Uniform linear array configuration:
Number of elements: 32
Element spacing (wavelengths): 0.75
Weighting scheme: blackman
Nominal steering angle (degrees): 30
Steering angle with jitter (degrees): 30.991
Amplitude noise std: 0.05
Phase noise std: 0.05

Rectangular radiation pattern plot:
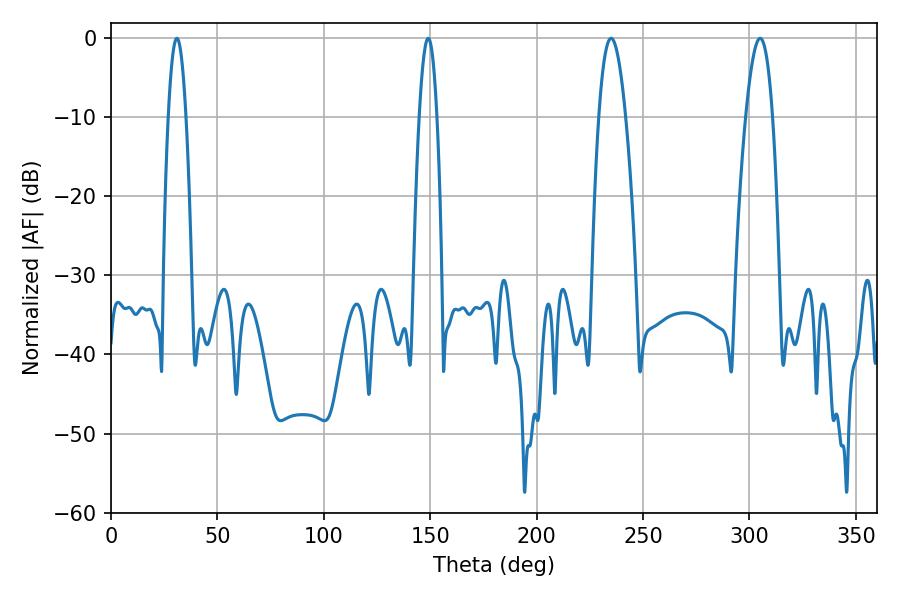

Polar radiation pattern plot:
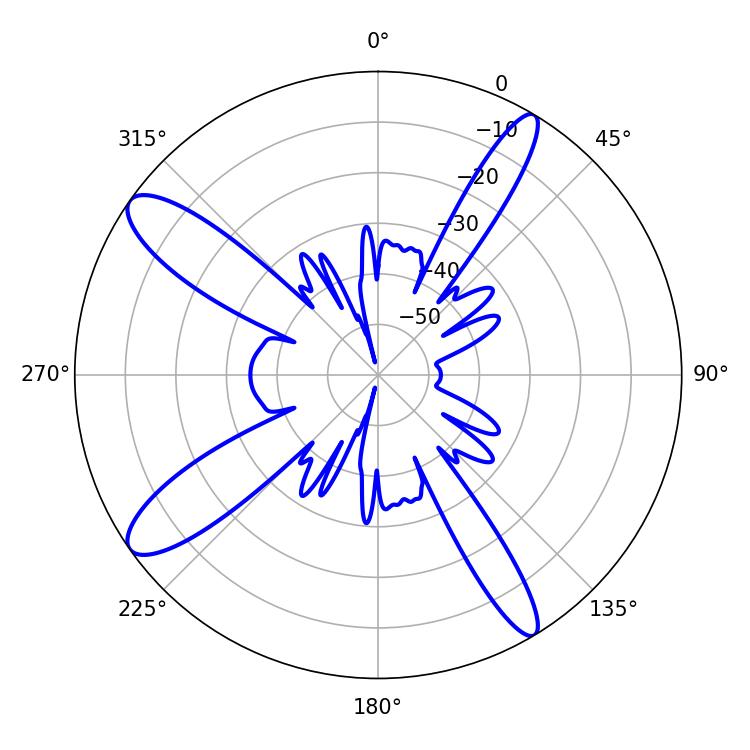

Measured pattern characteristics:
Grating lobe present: TRUE
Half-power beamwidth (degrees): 4.5
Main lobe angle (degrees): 149.04